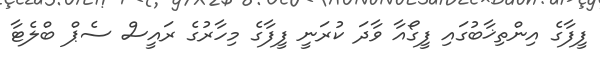
ފީފާގެ އިންތިޚާބުގައި ފީގޯއާ ވާދަ ކުރަނީ ފީފާގެ މިހާރުގެ ރައީސް ސެޕް ބްލެޓާ